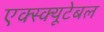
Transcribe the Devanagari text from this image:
एक्स्क्यूटेबल